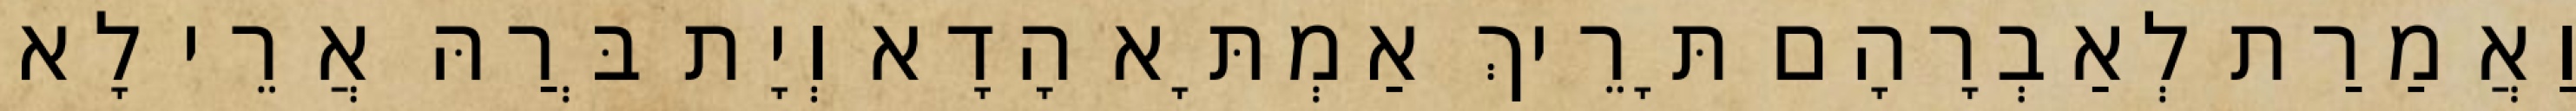
וַאֲמַרַת לְאַבְרָהָם תָּרֵיךְ אַמְתָּא הָדָא וְיָת בְּרַהּ אֲרֵי לָא